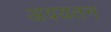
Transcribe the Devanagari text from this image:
अवयतन